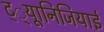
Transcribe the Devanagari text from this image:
ट््यूानिजियाई